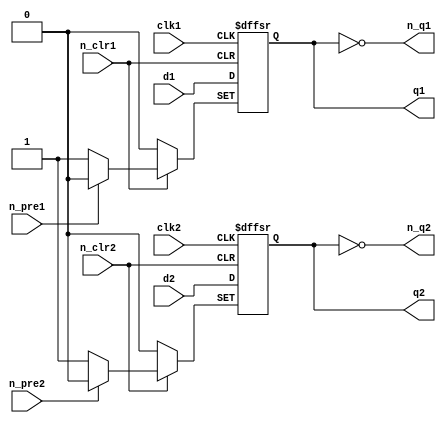
`timescale 1ns/1ps

`define ASSIGN_UNPACK_ARRAY(PK_LEN, PK_WIDTH, UNPK_DEST, PK_SRC) wire [PK_LEN*PK_WIDTH-1:0] PK_IN_BUS; assign PK_IN_BUS=PK_SRC; generate genvar unpk_idx; for (unpk_idx=0; unpk_idx<PK_LEN; unpk_idx=unpk_idx+1) begin: gen_unpack assign UNPK_DEST[unpk_idx][PK_WIDTH-1:0]=PK_IN_BUS[PK_WIDTH*unpk_idx+:PK_WIDTH]; end endgenerate
`define PACK_ARRAY(PK_LEN, PK_WIDTH, UNPK_SRC) PK_OUT_BUS; wire [PK_LEN*PK_WIDTH-1:0] PK_OUT_BUS; generate genvar pk_idx; for (pk_idx=0; pk_idx<PK_LEN; pk_idx=pk_idx+1) begin: gen_pack assign PK_OUT_BUS[PK_WIDTH*pk_idx+:PK_WIDTH]=UNPK_SRC[pk_idx][PK_WIDTH-1:0]; end endgenerate

//74LS74 Chip pinout:
/*        _____________
        _|             |_
n_clr1 |_|1          14|_| VCC
        _|             |_                     
d1     |_|2          13|_| n_clr2
        _|             |_
clk1   |_|3          12|_| d2
        _|             |_
n_pre1 |_|4          11|_| clk2
        _|             |_
q1     |_|5          10|_| n_pre2
        _|             |_
n_q1   |_|6           9|_| q2
        _|             |_
GND    |_|7           8|_| n_q2
         |_____________|
*/

module ls74  //not used
(
	input  n_pre1, n_pre2,
	input  n_clr1, n_clr2,
	input  clk1, clk2,
	input  d1, d2,
	output reg q1, q2,
    output n_q1, n_q2
);

always @(posedge clk1 or negedge n_pre1 or negedge n_clr1) begin
	if(!n_pre1)
		q1 <= 1;
	else if(!n_clr1)
		q1 <= 0;
	else
		q1 <= d1;
end
assign n_q1 = ~q1;
	
always @(posedge clk2 or negedge n_pre2 or negedge n_clr2) begin
	if(!n_pre2)
		q2 <= 1;
	else if(!n_clr2)
		q2 <= 0;
	else
		q2 <= d2;
end
assign n_q2 = ~q2;

endmodule

//74LS107 Chip pinout:
/*     _____________
     _|             |_
1J  |_|1          14|_| VCC
     _|             |_                     
1nQ |_|2          13|_| 1nCLR
     _|             |_
1Q  |_|3          12|_| 1CK
     _|             |_
1K  |_|4          11|_| 2K
     _|             |_
2Q  |_|5          10|_| 2nCLR
     _|             |_
2nQ |_|6           9|_| 2CK
     _|             |_
GND |_|7           8|_| 2J
      |_____________|
*/

module ls107(
   input clear, 
   input clk, 
   input j, 
   input k, 
   output reg q, 
   output qnot,
	output reg q_immediate
);

assign qnot=~q;
  always @(posedge clk or negedge clear) begin
	if (!clear) q_immediate<=1'b0; else
		case ({j, k})
		2'b00: q_immediate<=q;
		2'b01: q_immediate<=1'b0;
		2'b10: q_immediate<=1'b1;
		2'b11: q_immediate<=~q;
		endcase
  end
  always @(negedge clk) begin
			q<=q_immediate;
  end
endmodule


//74LS139 Chip pinout:
/*      _____________
      _|             |_
1n_G |_|1          16|_| VCC
      _|             |_                     
1A   |_|2          15|_| 2n_G
      _|             |_
1B   |_|3          14|_| 2A
      _|             |_
1Y0  |_|4          13|_| 2B
      _|             |_
1Y1  |_|5          12|_| 2Y0
      _|             |_
1Y2  |_|6          11|_| 2Y1
      _|             |_
1Y3  |_|7          10|_| 2Y2
      _|             |_
GND  |_|8           9|_| 2Y3
       |_____________|
*/

module ls139 //used
(
	input  		 a,
    input  		 b,
  	input  		 n_g,
  	output [3:0] y
);

  assign y = (!n_g && !a && !b) ? 4'b1110:
    (!n_g && a && !b)  ? 4'b1101:
    (!n_g && !a && b)  ? 4'b1011:
    (!n_g && a && b)   ? 4'b0111:
	4'b1111;
		
endmodule



//Chip pinout:
/*       _____________  
       _|             |_
 D(3) |_|1          16|_| VCC
       _|             |_
 D(2) |_|2          15|_| D(4)
       _|             |_
 D(1) |_|3          14|_| D(5)
       _|             |_
 D(0) |_|4          13|_| D(6)
       _|             |_
   Y  |_|5          12|_| D(7)
       _|             |_
   W  |_|6          11|_| A
       _|             |_
   S  |_|7          10|_| B
       _|             |_
  GND |_|8           9|_| C
        |_____________|
*/

module ttl_74283 #(parameter WIDTH = 4, DELAY_RISE = 0, DELAY_FALL = 0) //used
(
  input [WIDTH-1:0] a,
  input [WIDTH-1:0] b,
  input c_in,
  output [WIDTH-1:0] sum,
  output c_out
);

//------------------------------------------------//
reg [WIDTH-1:0] Sum_computed;
reg C_computed;

always @(*)
begin
  {C_computed, Sum_computed} = {1'b0, a} + {1'b0, b} + c_in;
end
//------------------------------------------------//

assign #(DELAY_RISE, DELAY_FALL) sum = Sum_computed;
assign #(DELAY_RISE, DELAY_FALL) c_out = C_computed;

endmodule


module ls138x ( //used
	input  [2:0] A,
  	input		 nE1,
  	input		 nE2,	
   input		 E3,
  	output [7:0] Y
);

reg [7:0] Q;
wire trigger;
assign trigger = !nE1 & !nE2 & E3;

always @(*) begin

	 if (trigger) begin 
		case (A)
		  3'b000: Q[7:0]=8'b11111110;
		  3'b001: Q[7:0]=8'b11111101;   
		  3'b010: Q[7:0]=8'b11111011;
		  3'b011: Q[7:0]=8'b11110111;    
		  3'b100: Q[7:0]=8'b11101111;
		  3'b101: Q[7:0]=8'b11011111;
		  3'b110: Q[7:0]=8'b10111111;
		  3'b111: Q[7:0]=8'b01111111;           
		  //default: Q[7:0]=8'b11111111;
		endcase

	 end
	 else begin //
		Q[7:0] = 8'b11111111;
	 end
end

assign Y = Q;

endmodule

	



// Dual D flip-flop with set and clear; positive-edge-triggered

// Note: Preset_bar is synchronous, not asynchronous as specified in datasheet for this device,
//       in order to meet requirements for FPGA circuit design (see IceChips Technical Notes)

module ttl_7474 #(parameter BLOCKS = 2, DELAY_RISE = 0, DELAY_FALL = 0)
(
  input [BLOCKS-1:0] n_pre,
  input [BLOCKS-1:0] n_clr,
  input [BLOCKS-1:0] d,
  input [BLOCKS-1:0] clk,
  output [BLOCKS-1:0] q,
  output [BLOCKS-1:0] n_q
);

//------------------------------------------------//
reg [BLOCKS-1:0] Q_current;
reg [BLOCKS-1:0] Preset_bar_previous;

generate
  genvar i;
  for (i = 0; i < BLOCKS; i = i + 1)
  begin: gen_blocks
    always @(posedge clk[i] or negedge n_clr[i])
    begin
      if (!n_clr[i])
        Q_current[i] <= 1'b0;
      else if (!n_pre[i] && Preset_bar_previous[i])  // falling edge has occurred
        Q_current[i] <= 1'b1;
      else
      begin
        Q_current[i] <= d[i];
        Preset_bar_previous[i] <= n_pre[i];
      end
    end
  end
endgenerate
//------------------------------------------------//

assign #(DELAY_RISE, DELAY_FALL) q = Q_current;
assign #(DELAY_RISE, DELAY_FALL) n_q = ~Q_current;

endmodule

//ls175 
module ls175(
	input			nMR,
	input			clk,
	input 	[3:0]	D,
	output	[3:0]	Q,
	output	[3:0]	nQ
);

reg [7:0] latch = 8'b0;
assign Q = ~nMR ? latch : 8'b0;
assign nQ = ~nMR ? !latch : 8'b0;

always @(posedge clk)
begin
		latch[3:0] = D[3:0];
end

endmodule


module mux4_1 (
    input EN_n,
    input A, B,
    input D0, D1, D2, D3,
    output Y
);

/* KEEP THE OUTPUT VALUE */
wire [1:0] S;
reg Y_reg;

assign S = {B, A};

always @(*) begin
    if (EN_n)
        Y_reg = 1'bz;
    else
        case (S)
            2'b00: Y_reg <= D0;
            2'b01: Y_reg <= D1;
            2'b10: Y_reg <= D2;
            2'b11: Y_reg <= D3;
        endcase
end

assign Y = Y_reg;

endmodule

module mux4_1n (
    input EN_n,
    input A, B,
    input D0, D1, D2, D3,
    output Y
);

/* KEEP THE OUTPUT VALUE */
wire [1:0] S;
reg Y_reg;

assign S = {B, A};

always @(*) begin
    if (EN_n)
        Y_reg <= 1'b0;
    else
        case (S)
            2'b00: Y_reg <= D0;
            2'b01: Y_reg <= D1;
            2'b10: Y_reg <= D2;
            2'b11: Y_reg <= D3;
        endcase
end

assign Y = Y_reg;

endmodule


module mux4_2n (
    input EN_n,
    input A, B,
    input  [1:0] D0, D1, D2, D3,
    output [1:0] Y
);

/* KEEP THE OUTPUT VALUE */
wire [1:0] S;
reg [1:0] Y_reg;

assign S = {B, A};

always @(*) begin
    if (EN_n)
        Y_reg <= 2'b00;
    else
        case (S)
            2'b00: Y_reg <= D0;
            2'b01: Y_reg <= D1;
            2'b10: Y_reg <= D2;
            2'b11: Y_reg <= D3;
        endcase
end

assign Y = Y_reg;

endmodule

module mux4_4n (
    input EN_n,
    input A, B,
    input [3:0] D0, D1, D2, D3,
    output [3:0] Y
);

/* KEEP THE OUTPUT VALUE */
wire [1:0] S;
reg [3:0] Y_reg;

assign S = {B, A};

always @(*) begin
    if (EN_n)
        Y_reg <= 4'b0000;
    else
        case (S)
            2'b00: Y_reg <= D0;
            2'b01: Y_reg <= D1;
            2'b10: Y_reg <= D2;
            2'b11: Y_reg <= D3;
        endcase
end

assign Y = Y_reg;

endmodule

module mux4_1x (
    input EN_n,
	 input DIS_n,
    input A, B,
    input D0, D1, D2, D3,
    output Y
);

/* KEEP THE OUTPUT VALUE */
wire [1:0] S;
reg Y_reg;
reg active;

always @(EN_n,DIS_n) begin

	if (!EN_n & DIS_n) active = 1;
	else if (!DIS_n) active =0;

end

assign S = {B, A};

always @(*) begin
    if (!active)
        Y_reg <= 1'b0;
    else
        case (S)
            2'b00: Y_reg <= D0;
            2'b01: Y_reg <= D1;
            2'b10: Y_reg <= D2;
            2'b11: Y_reg <= D3;
        endcase
end

assign Y = Y_reg;

endmodule

module top_74ls153 (
    input A, B,
    input [1:0] EN_n,
    input D1_0, D1_1, D1_2, D1_3,
    input D2_0, D2_1, D2_2, D2_3,
    output Y1, Y2
);

/* LEFT MUX 4 - 1 */
mux4_1n left_74ls153 (
    .EN_n(EN_n[0]),
    .A(A),
    .B(B),
    .D0(D1_0),
    .D1(D1_1),
    .D2(D1_2),
    .D3(D1_3),
    .Y(Y1)
);

/* RIGHT MUX 4 - 1 */
mux4_1n right_74ls153 (
    .EN_n(EN_n[1]),
    .A(A),
    .B(B),
    .D0(D2_0),
    .D1(D2_1),
    .D2(D2_2),
    .D3(D2_3),
    .Y(Y2)
);

endmodule